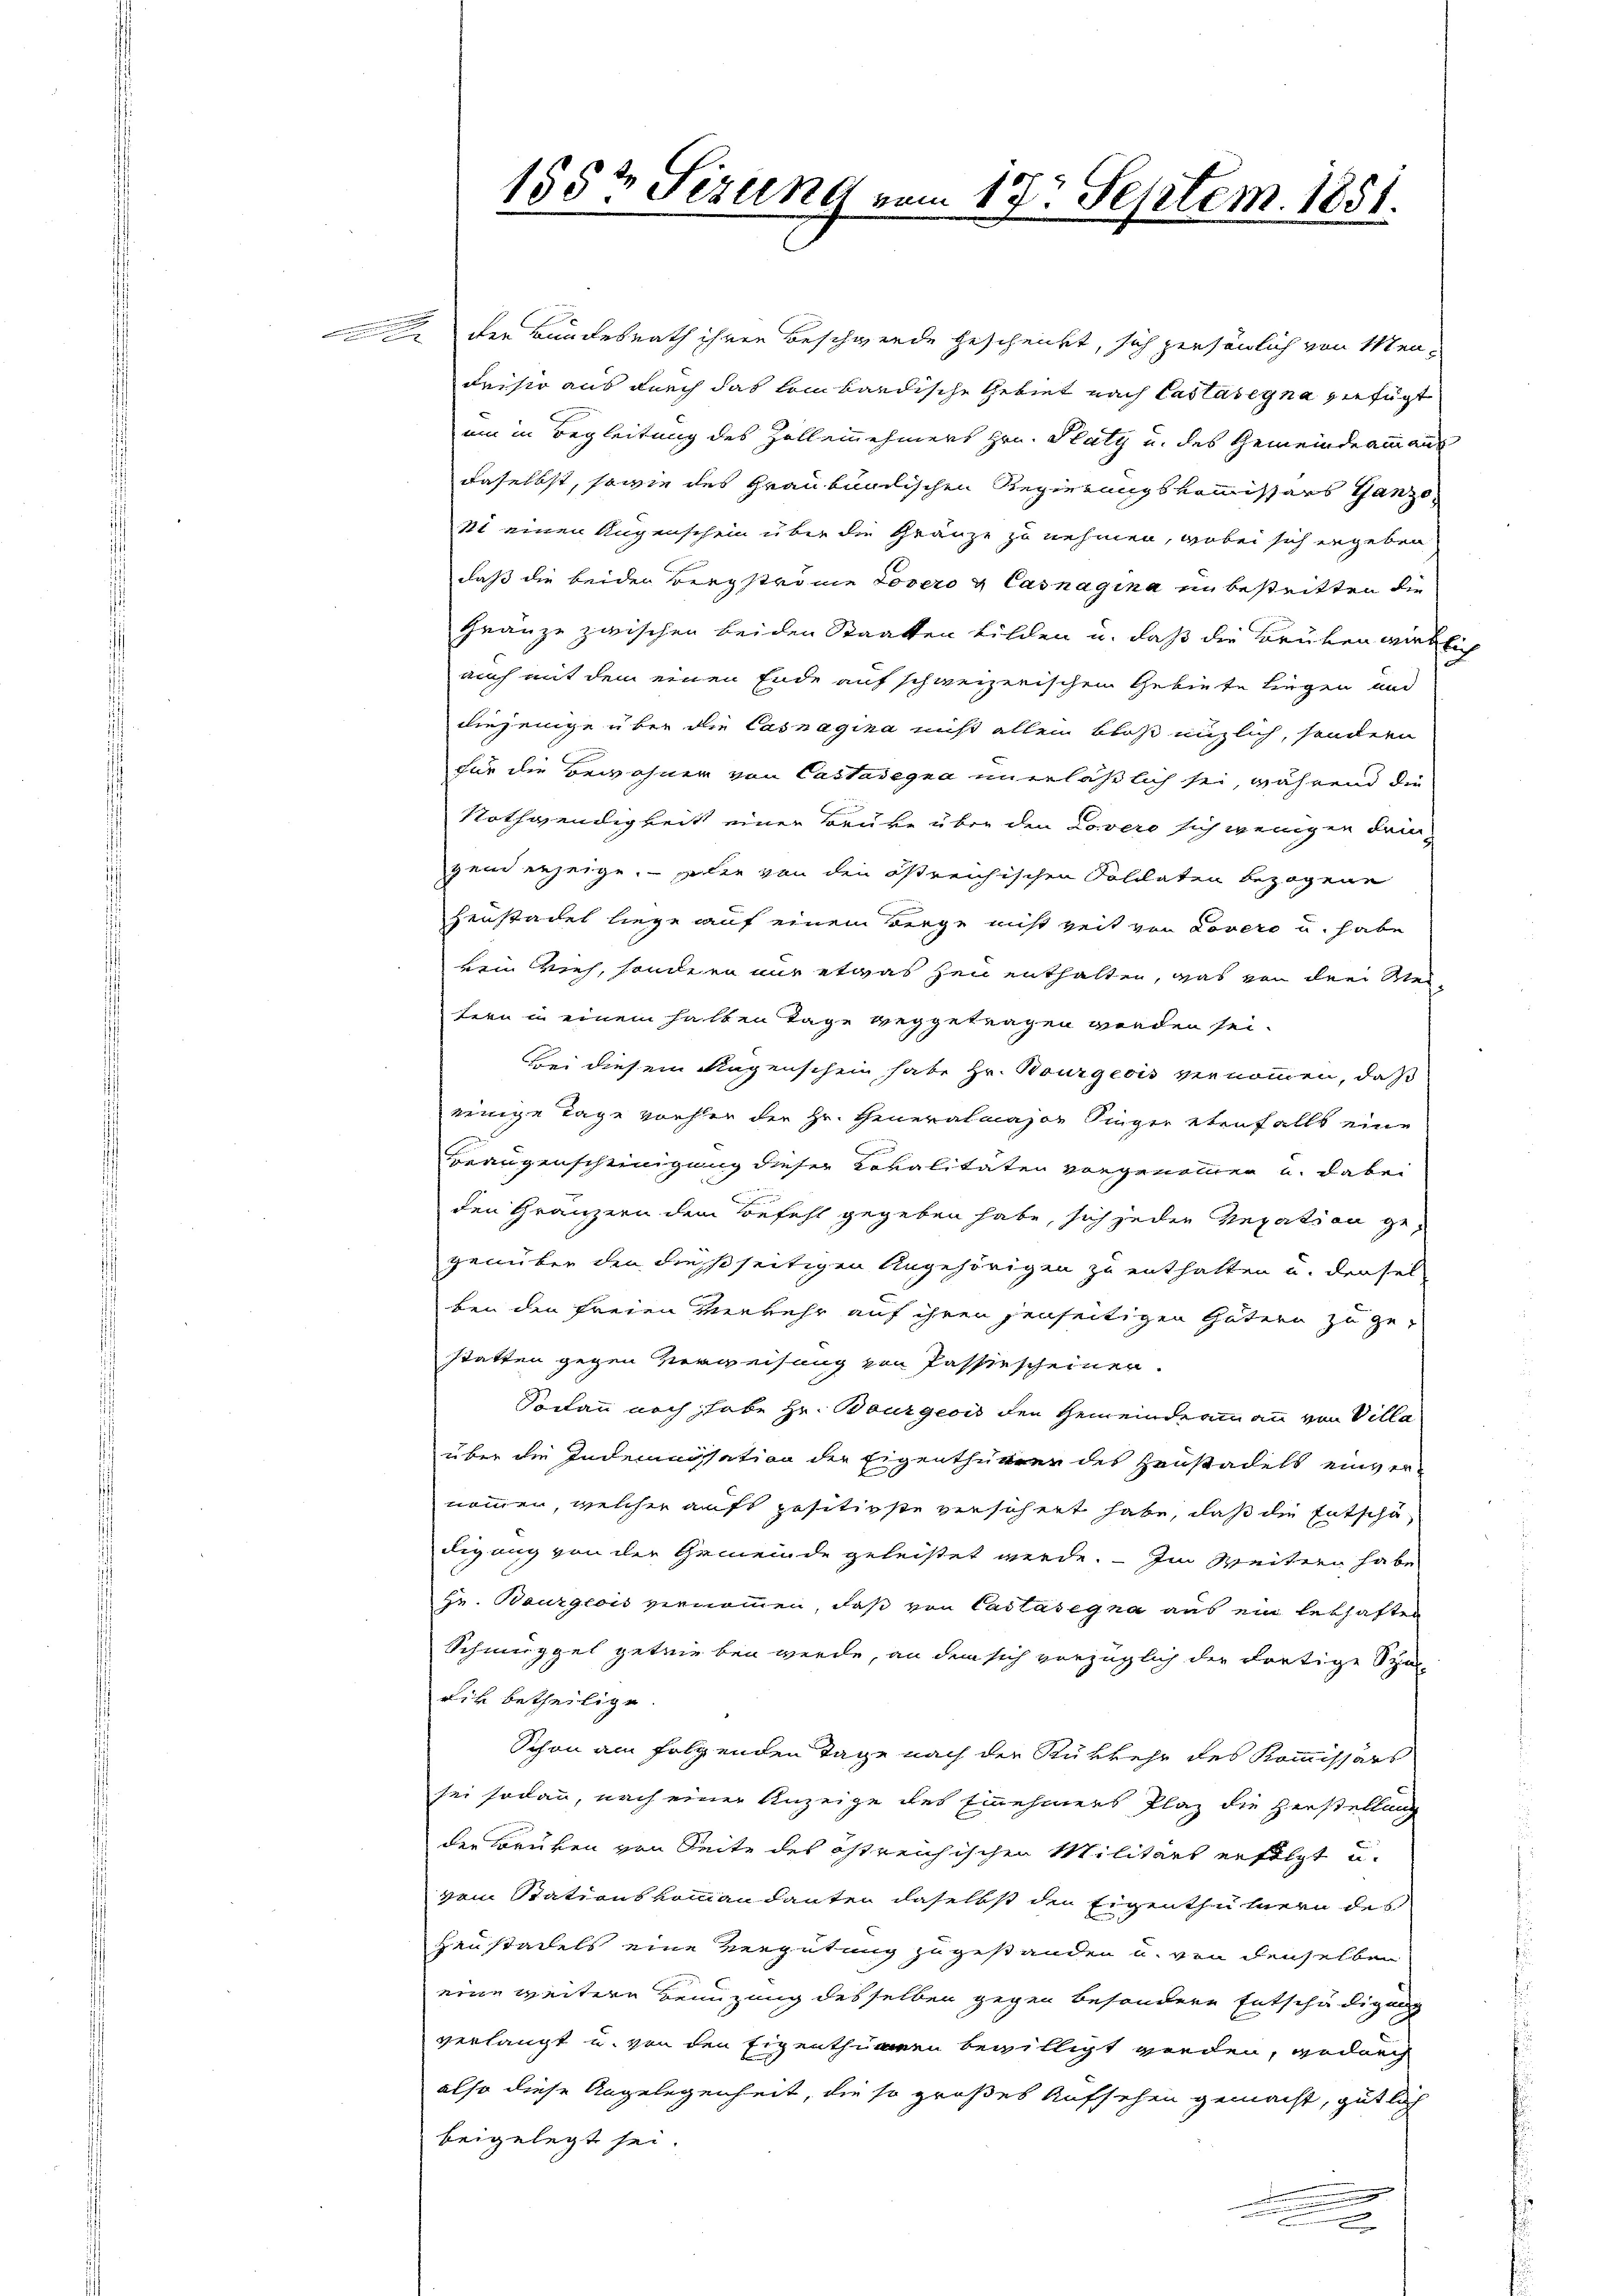
u

.Der Bundesrath ihren Beschwerde gescheidet, sich persönlich von Men¬
Fristo aus durch das kombardische Gebiet nach Castasegna gefügt
um in Begleitung des Zollennehmers Hrn. Platy und des Gemeindeammanns
daselbst, sowie des Graubündischen Regierungskommissärs Ganze
St einen Augenschein über die Gränze zu nehmen, wobei sich ergeben
daß die beiden Bergströme Lovero & Casnagina in bestritten die
Gränze zwischen beiden Staaten bilden u. daß die Bruben wirklich
auch mit dem einen Ende auf schweizerischen Gebiete Liegen und
diejenige über die Casnagina nicht allein bloß miglich, sondern
für die Bewohner von Castadegia unerläßlich sei, während die
Nothwendigkeit einer Brüke über den Lovero sich wenigen dringend erzeige. Polie von den östreichischen Soldaten bezogene
Zeustadel liege auf einem Berge nicht zeit von Lovers u. habe
kein Vieh, sondern nur etwas zeit enthalten, was von drei Weitern in einem halben Tage weggetragen werden sei.
Bei diesem Regenschein habe Hr. Bourgeois vernommen, daß
einige Tage vorher der Hr. Generalmajor Singer ebenfalls eine
e
Braugenscheinigung dieser Lokalitäten vorgenommen u. dabei
den Gränzern dem Befehl gegeben habe, sich jeder Regation gegenüber den dießseitigen Angehörigen zu enthalten u. dersel
ben den freien Verkehr auf ihren jenseitigen Gütern zu ge-
statten gegen Verweisung von Passischeinen.
Sodann noch habe Hr. Bourgeois den Gemeindermann von Villa
über die Indemnisation der Eigenthümer des Heustadels einvernommen, welcher aufs positivste verschert habe, daß die Entschädigung von der Gemeinde geleistet werde. — Im Weitern habe
Hr. Bourgeois vernommen, daß von Castasegna aus ein lebhaften
Schmuggel getrieben werde, an dem sich vorzüglich der dortige Spa-
rik betheilige.
Schon am folgenden Tage nach der Rükkehr des Kommissärs
sei sodann, nach einer Anzeige des Einnehmens Plaz die Zerstellung
der Brüken von Seite des östreichischen Militärs erfolgt u.
vom Stationskommandanten daselbst den Eigenthütnern des
Henstadels eine Vergütung zugestanden u. von denselben
eine weitere Benuzung desselben gegen besondere Entschädigung
verlangt u. von den Eigenthümern bewilligt werden, gedach
also diese Angelegenheit, die so großes Aufsehen gemacht, gütlich
beigelegt sei.
g
e

155½ Sizung vom 17. Septem. 1851.